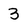
Character: 3